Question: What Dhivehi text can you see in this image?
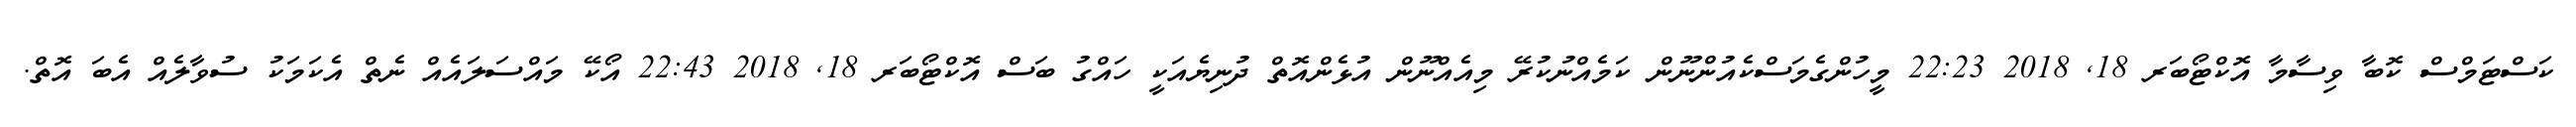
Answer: ކަސްޓަމްސް ކޮބާ ވިސާމާ އޮކްޓޯބަރ 18, 2018 22:23 މީހުންގެމަސްކެއުންނޫން ކަމެއްނުކުރޭ މިއެއްނޫން އުޅެންއޮތް ދުނިޔެއަކީ ހައްގު ބަސް އޮކްޓޯބަރ 18, 2018 22:43 އޯކޭ މައްސަލައެއް ނެތް އެކަމަކު ސުވާލެއް އެބަ އޮތް.